DOW-UAP-D74, Mission Report, Syria, November 2023
Agency: Department of War
Incident date: 11/9/23
Incident location: Syria
Page 9
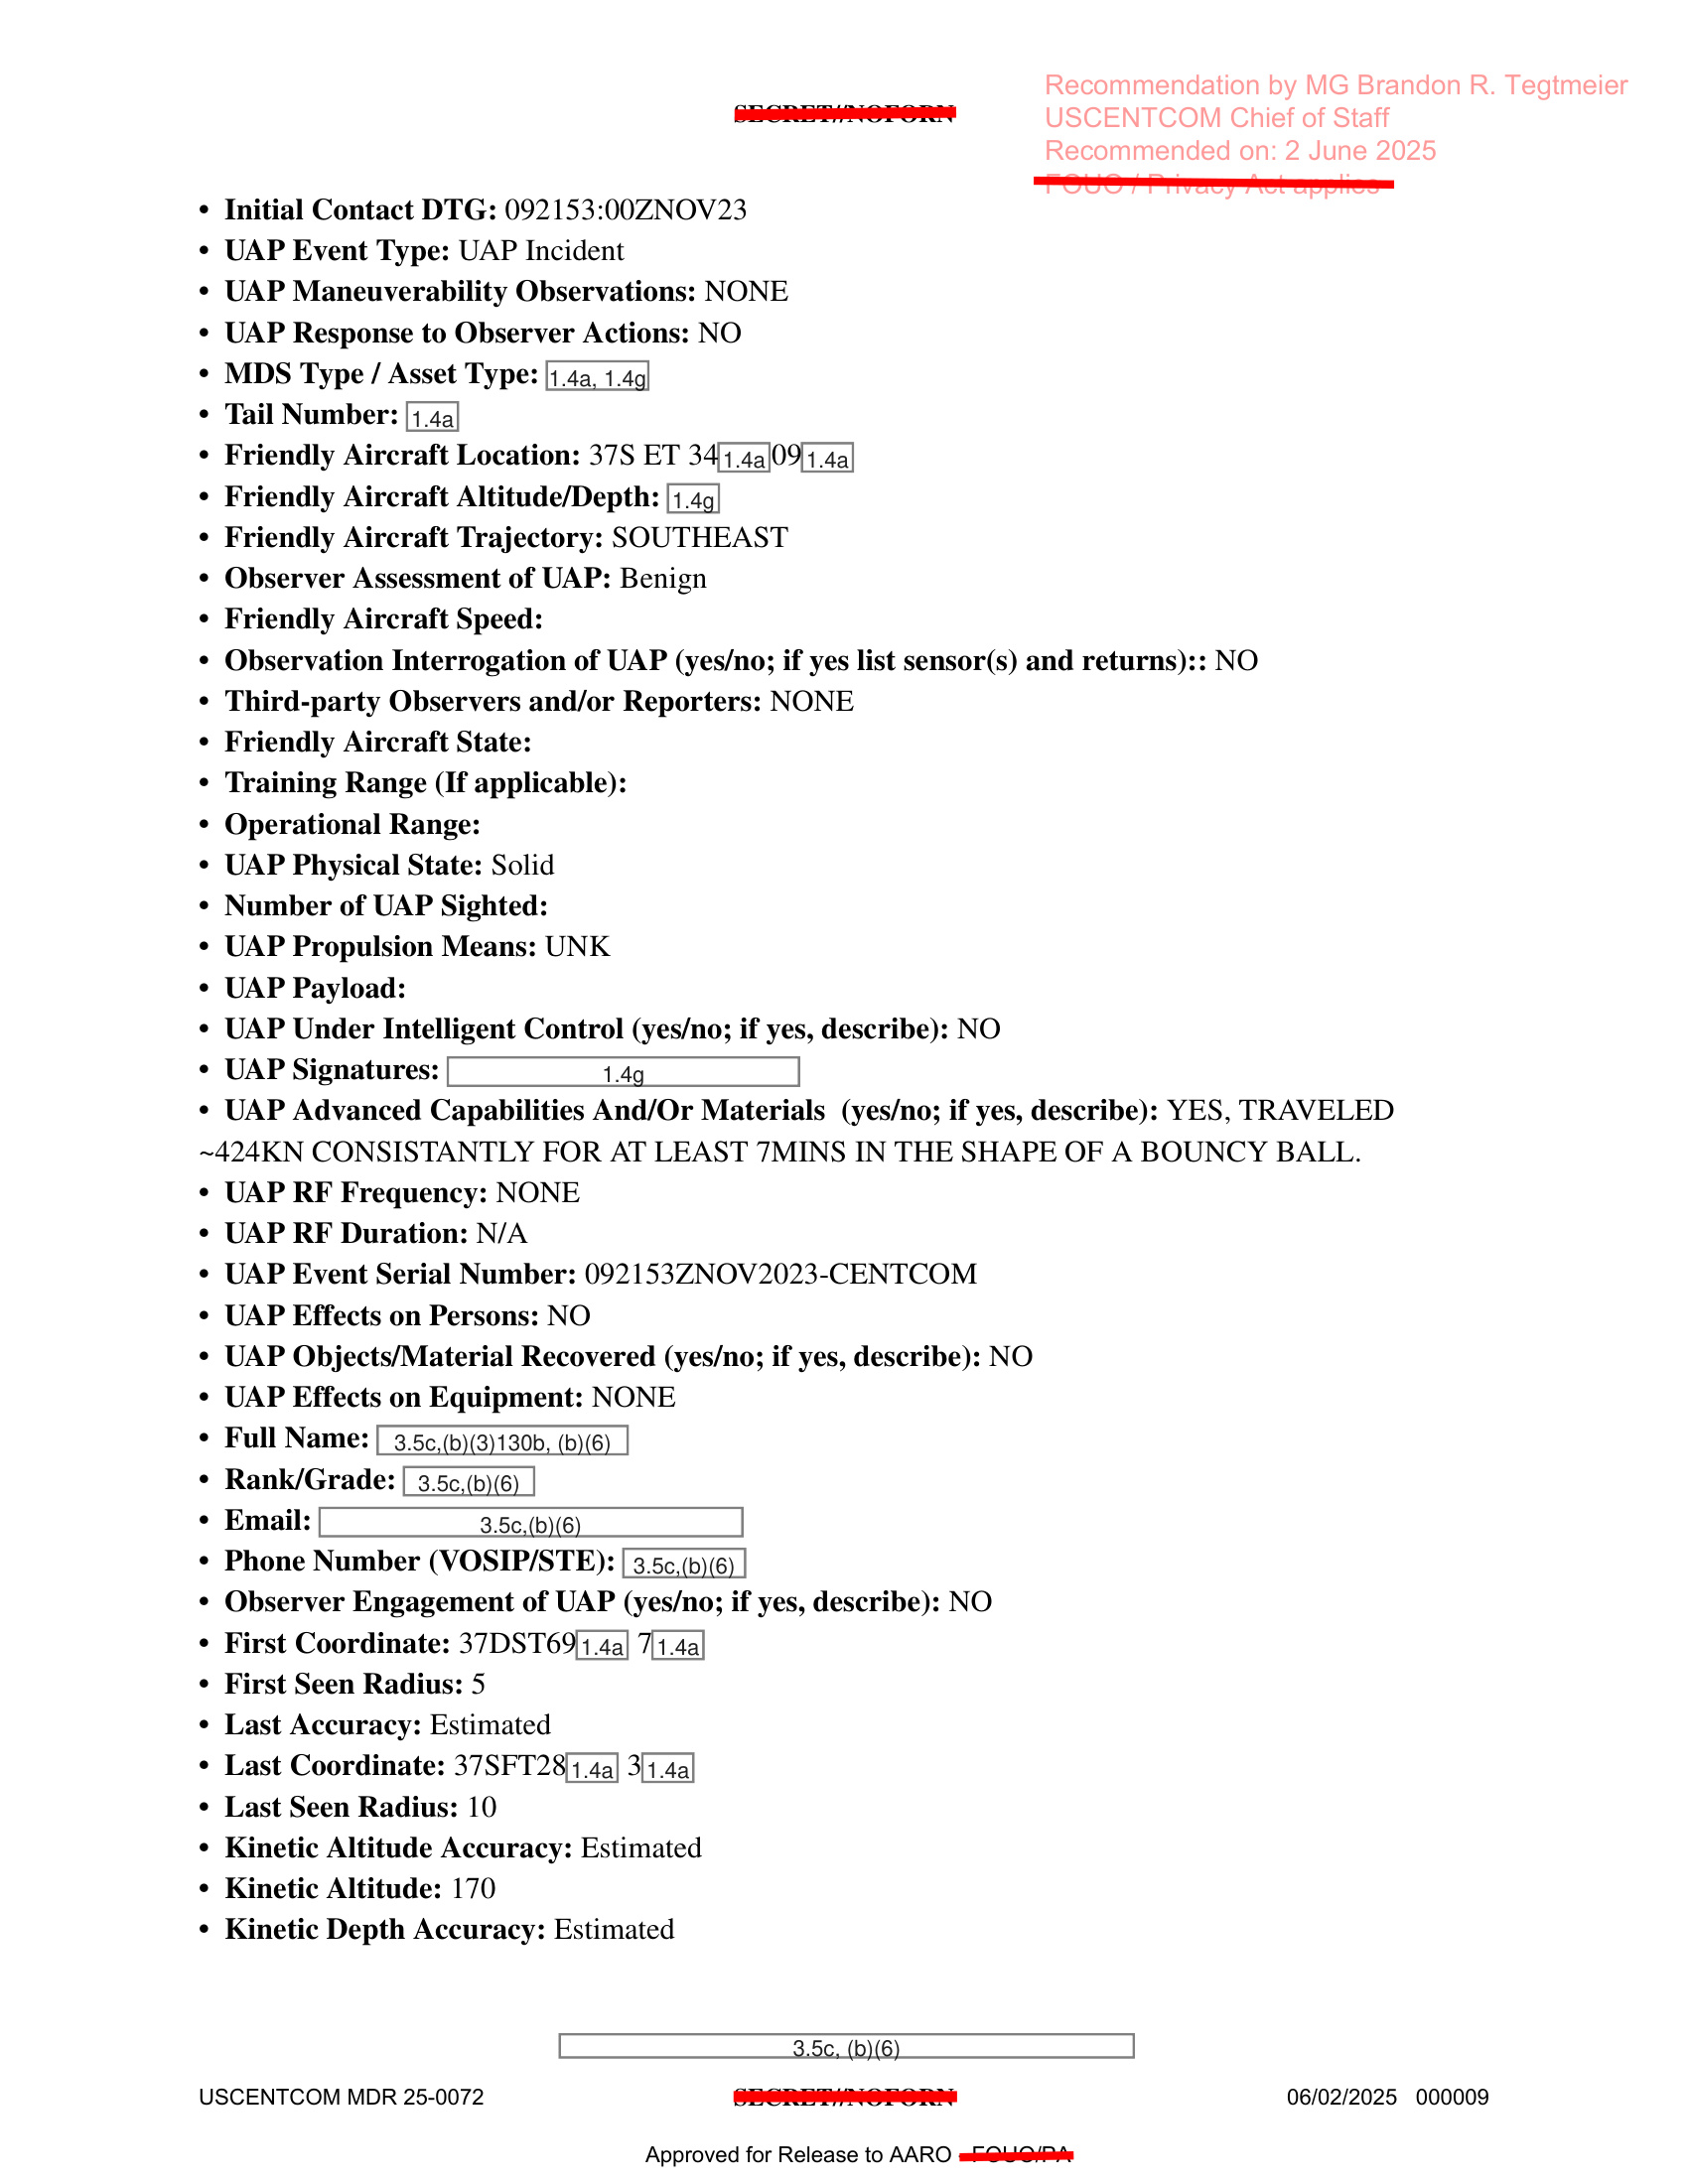